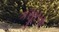
કસૂરના